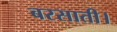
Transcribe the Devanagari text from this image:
बरसाती।